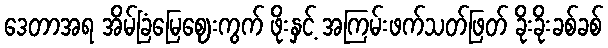
ဒေတာအရ အိမ်ခြံမြေဈေးကွက် ဖိုးနှင့် အကြမ်းဖက်သတ်ဖြတ် ခိုးခိုးခစ်ခစ်